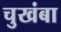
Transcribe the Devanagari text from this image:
चुखंबा